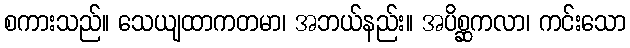
စကားသည်။ သေယျထာကတမာ၊ အဘယ်နည်း။ အပိစ္ဆကလာ၊ ကင်းသော